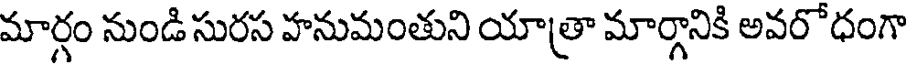
మార్గం నుండి సురస హనుమంతుని యాత్రా మార్గానికి అవరోధంగా